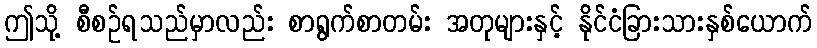
ဤသို့ စီစဉ်ရသည်မှာလည်း စာရွက်စာတမ်း အတုများနှင့် နိုင်ငံခြားသားနှစ်ယောက်